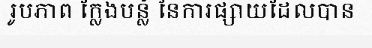
រូបភាព ក្លែងបន្លំ នៃការផ្សាយដែលបាន